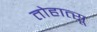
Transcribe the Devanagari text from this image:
तोहात्सू